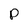
Character: p